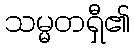
သမ္မတရှီ၏